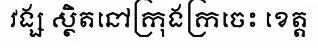
វង្ស ស្ថិតនៅក្រុងក្រចេះ ខេត្ត